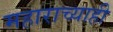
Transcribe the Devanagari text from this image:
महाराच्याही